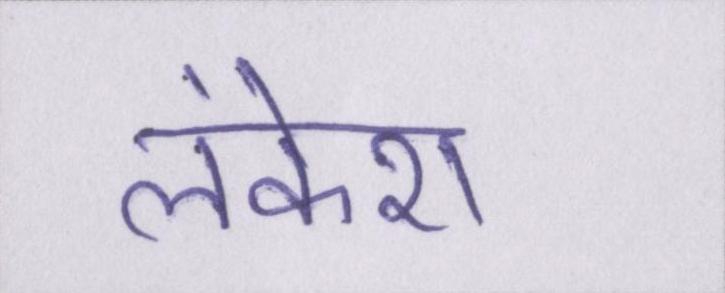
लंकेश